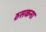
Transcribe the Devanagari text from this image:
ठसकना